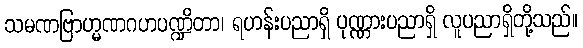
သမဏဗြာဟ္မဏဂဟပဏ္ဍိတာ၊ ရဟန်းပညာရှိ ပုဏ္ဏားပညာရှိ လူပညာရှိတို့သည်။